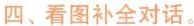
四、看图补全对话。